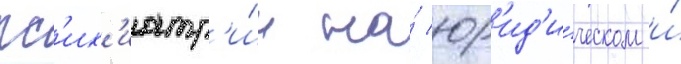
пс'их'иатр'и́и на́ юр'ид'и́ческом и́